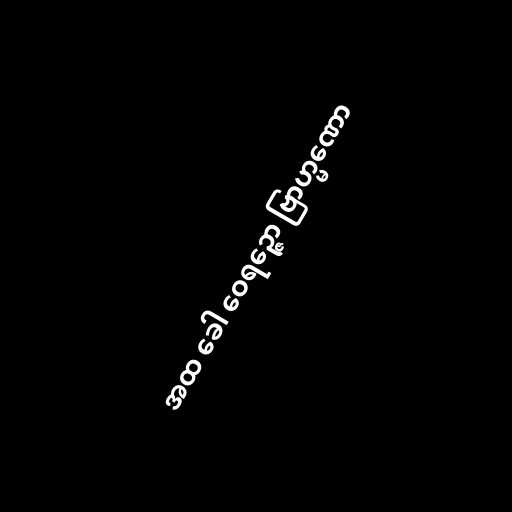
အထ ခေါ ဝေရဉ္ဇော ဗြာဟ္မဏော